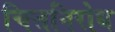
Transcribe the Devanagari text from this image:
चित्तनिरोध